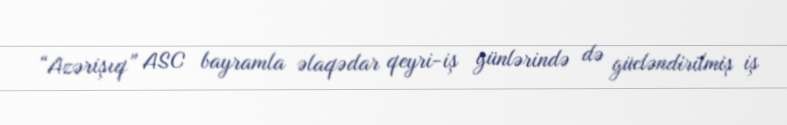
“Azərişıq” ASC bayramla əlaqədar qeyri-iş günlərində də gücləndirilmiş iş